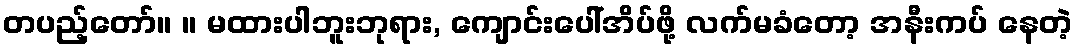
တပည့်တော်။ ။ မထားပါဘူးဘုရား, ကျောင်းပေါ်အိပ်ဖို့ လက်မခံတော့ အနီးကပ် နေတဲ့